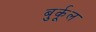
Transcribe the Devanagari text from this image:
बुर्कूल